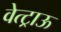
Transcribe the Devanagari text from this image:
वेत्ट्राऊ